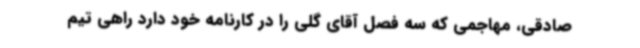
صادقی، مهاجمی که سه فصل آقای گلی را در کارنامه خود دارد راهی تیم